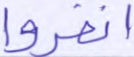
انفروا